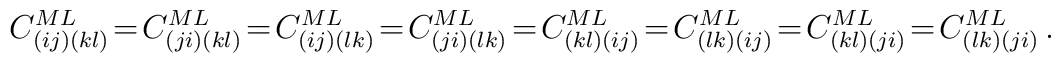
C^{ML}_{( i j )( k l )}\! =\!C^{ML}_{( ji )( kl )} \! = \!C^{ML}_{( ij )( lk )}\! = \!C^{ML}_{( ji )( lk )}\! = \!C^{ML}_{( kl )( ij )}\! = \!C^{ML}_{( lk )( ij )}\! = \!C^{ML}_{( kl )( ji )}\! = \!C^{ML}_{( lk )( ji )}\,.